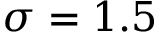
\sigma = 1 . 5